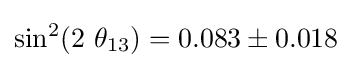
\sin ^{2}(2\ \theta _{13})=0.083\pm 0.018